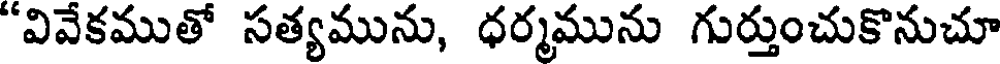
"వివేకముతో సత్యమును, ధర్మమును గుర్తుంచుకొనుచూ